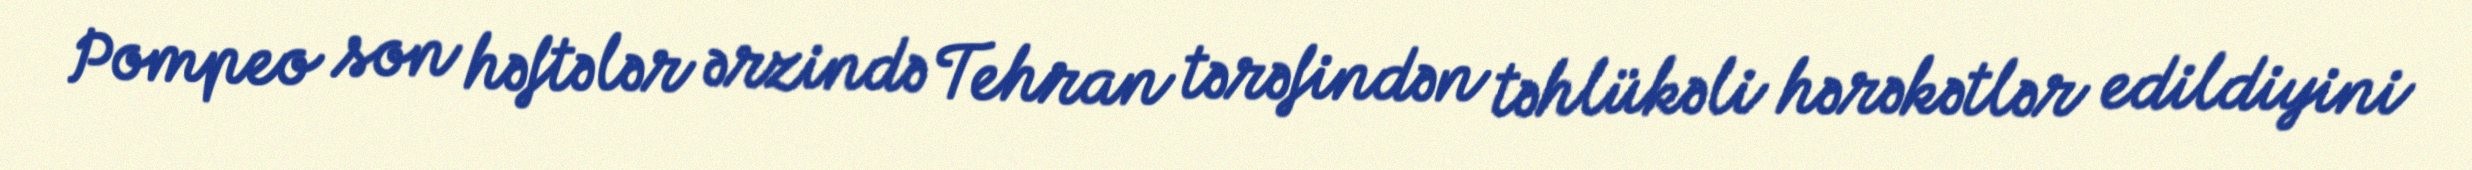
Pompeo son həftələr ərzində Tehran tərəfindən təhlükəli hərəkətlər edildiyini